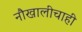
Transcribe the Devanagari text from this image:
नौखालीचाही